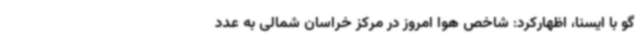
گو با ایسنا، اظهارکرد: شاخص هوا امروز در مرکز خراسان شمالی به عدد